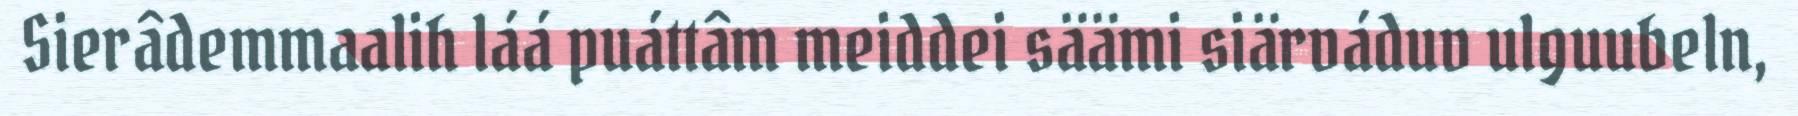
Sierâdemmaalih láá puáttâm meiddei säämi siärváduv ulguubeln,